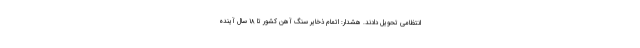
انتظامی تحویل دادند. هشدار: اتمام ذخایر سنگ آهن کشور تا ۱۸ سال آینده